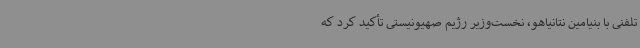
تلفنی با بنیامین نتانیاهو، نخست‌وزیر رژیم صهیونیستی تأکید کرد که